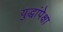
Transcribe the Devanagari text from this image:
युद्धांपेक्षा